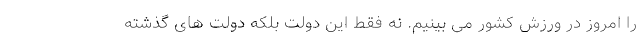
را امروز در ورزش کشور می بینیم. نه فقط این دولت بلکه دولت های گذشته